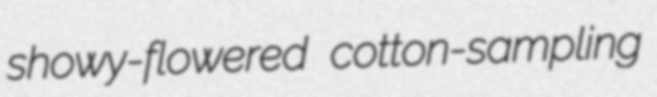
showy-flowered cotton-sampling